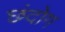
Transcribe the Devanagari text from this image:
छंदोग